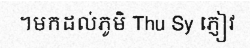
។មកដល់ភូមិ Thu Sy ភ្ញៀវ